Report on vaccination in Madras 1895-1903 - 1895-1903
Year: 1895
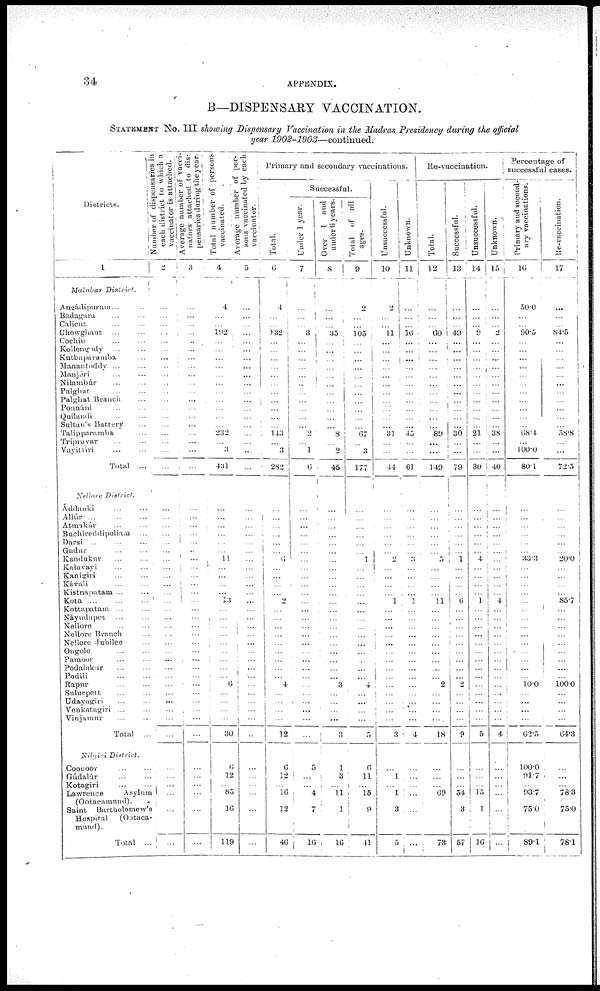
34
APPENDIX.
B—DISPENSARY VACCINATION.
STATEMENT NO. III showing Dispensary Vaccination in the Madras Presidency during the official
year 1902-1903—continued.
Districts.
1
Malabar
District.
Angádipuram ... ...
Badagara ... ...
Calicut ... ...
Chowghaut ... ...
Cochin ... ...
Kollengody ... ...
Kuthaparamba ...
Manantoddy ... ...
Manjéri ... ...
Nilambúr ... ...
Palghat
...
...
Palghat Branch ...
Ponnáni ... ...
Quilaudi ... ...
Sultan's Battery ...
Talippammba ...
Tripvayar
...
...
Vayittiri ... ...
Total ...
Nellore
District.
Áddanki ... ...
Allúr
...
...
...
Atmakúr ... ...
Buchireddipoliam ...
Darsi ... ... ...
Gudur ... ...
Kandukur ... ...
Kalavayi ... ...
Kanigiri ... ...
Kávali
...
...
Kistnapatam ... ...
Kota
...
...
...
Kottapatam ... ... ...
Náyudupet ... ...
Nellore ... ...
Nellore Branch ...
Nellore Jubilee ...
Ongole ... ...
Pamoor ... ...
Podalakur ... ...
Podili ... ...
Rapur ... ...
Sulurpett
...
...
Udayagiri ... ...
Venkatagiri ... ...
Vinjainur ... ...
Total ...
Nilgiri
District.
Coonoor ... ...
Gúdalúr ... ...
Kotagiri
...
...
Lawrence
Asylum
(Ootacamund).
Saint
Bartholomew's
Hospital
(Ootaca¬
mund).
Total ...
Number of dispensaries in
each district to which a
vaccinator is attached.
2
...
...
...
...
...
...
...
...
...
...
...
...
...
...
...
...
...
...
...
...
...
...
...
...
...
...
...
...
...
...
...
...
...
...
...
...
...
...
...
...
...
...
...
...
...
...
...
...
...
...
...
...
Average number of vacci¬
nators attached to dis-
pensaries during the year.
3
...
...
...
...
...
...
...
...
...
...
...
...
...
...
...
...
...
...
...
...
...
...
...
...
...
...
...
...
...
...
...
...
...
...
...
...
...
...
...
...
...
...
...
...
...
...
...
...
...
...
...
...
Total number of persons
vaccinated.
4
4
...
... 192
...
...
...
...
...
...
...
...
...
...
...
232
...
3
431
...
...
...
...
...
...
11
...
...
...
...
13
...
...
...
...
...
...
...
...
...
6
...
...
...
...
30
6
12
...
83
16
119
Average number of per-
sons vaccinated by each
vaccinator.
5
...
... ...
...
...
...
...
...
...
...
...
...
...
...
...
...
...
...
...
...
...
...
...
...
...
...
...
...
...
...
...
...
...
...
...
...
...
...
...
...
...
...
...
...
...
...
...
...
...
...
...
...
Primary and secondary vaccinations.
Total.
6
4
...
...
132
...
...
...
...
...
...
...
...
...
...
...
143
...
3
282
...
...
...
...
...
...
6
...
...
...
...
2
...
...
...
...
...
...
...
...
...
4
...
...
...
...
12
6
12
...
16
12
46
Successful.
Under 1 year.
7
...
...
...
3
... ...
...
...
...
...
...
...
...
...
...
2
...
1
6
...
...
...
...
...
...
...
...
...
...
...
...
...
...
...
...
...
...
...
...
...
...
...
...
...
...
...
5
...
...
4
7
16
Over 1 and
under 6 years.
8
...
...
...
35
...
...
...
...
...
...
...
...
...
...
...
8
...
2
45
...
...
...
...
...
...
...
...
...
...
...
...
...
...
...
...
...
...
...
...
...
3
...
...
...
...
3
1
3
...
11
1
16
Total of all
ages.
9
2
...
...
105
... ...
...
...
...
...
...
...
...
...
...
67
...
3
177
...
...
...
...
...
...
1
...
...
...
...
...
...
...
...
...
...
...
...
...
...
4
...
...
...
...
5
6
11
...
15
9
41
Unsuccessful.
10
2
...
...
11
...
...
...
...
...
...
...
...
...
...
...
31
...
...
44
...
...
...
...
...
...
2
...
...
...
...
1
...
...
...
...
...
...
...
...
...
...
...
...
...
...
3
...
1
...
1
3
5
Unknown.
11
...
...
...
16
... ...
...
...
...
...
...
...
...
...
...
45
...
...
61
...
...
...
...
...
...
3
...
...
...
...
1
...
...
...
...
...
...
...
...
...
...
...
...
...
...
4
...
...
...
...
...
...
Re-vaccination.
Total.
12
...
...
...
60
...
...
...
...
...
...
...
...
...
...
...
89
...
...
149
...
...
...
...
...
...
5
...
...
...
...
11
...
...
...
...
...
...
...
...
...
2
...
...
...
...
18
...
...
...
69
...
73
Successful.
13
...
...
... 49
...
...
...
...
...
...
...
...
...
...
...
30
...
...
79
...
...
...
...
...
...
1
...
...
...
...
6
...
...
...
...
...
...
...
...
...
2
...
...
...
...
9
...
...
...
54
3
57
Unsuccessful.
14
...
...
...
6
... ...
...
...
...
...
...
...
...
...
...
21
...
...
30
...
...
...
...
...
...
4
...
...
...
...
1
...
...
...
...
...
...
...
...
...
...
...
...
...
...
5
...
...
...
15
1
16
Unknown.
15
...
...
... 2
... ...
...
...
...
...
...
...
...
...
...
38
...
...
40
...
...
...
...
...
...
...
...
...
...
...
4
...
...
...
...
...
...
...
...
...
...
...
...
...
...
4
...
...
...
...
...
...
Percentage of
successful cases.
Primary and second-
ary vaccinations.
16
50.0
...
... 90.5
... ...
...
...
...
...
...
...
...
...
...
684
...
100.0
80.1
...
...
...
...
...
...
33.3
...
...
...
...
...
...
...
...
...
...
...
...
...
...
10.0
...
...
...
...
62.5
100.0
91.7
...
93.7
75.0
89.1
Re-vaccination.
17
...
...
... 84.5
... ...
...
...
...
...
...
...
...
...
...
58.8
...
...
72.5
...
...
...
...
...
...
20.0
...
...
...
...
85.7
...
...
...
...
...
...
...
...
...
100.0
...
...
...
...
64.3
...
...
...
78.3
75.0
78.1